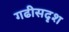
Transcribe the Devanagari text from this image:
गढीसदृश